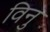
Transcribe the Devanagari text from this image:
विनु